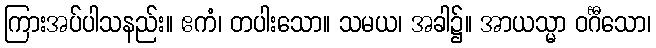
ကြားအပ်ပါသနည်း။ ဧကံ၊ တပါးသော။ သမယ၊ အခါ၌။ အာယသ္မာ ဝင်္ဂီသော၊